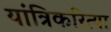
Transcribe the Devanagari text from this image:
यांत्रिकरित्या